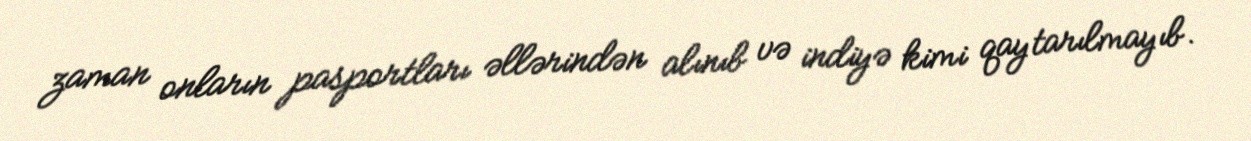
zaman onların pasportları əllərindən alınıb və indiyə kimi qaytarılmayıb.